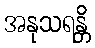
အနုသရန္တိ